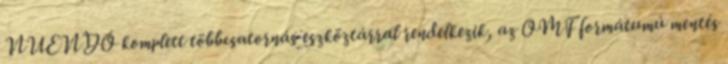
NUENDO komplett többcsatornás eszköztárral rendelkezik, az OMF formátumú mentés